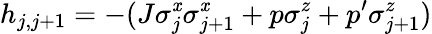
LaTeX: h_{j,j+1}=-(J\sigma_{j}^{\mathit{x}}\sigma_{j+1}^{\mathit{x}}+p\sigma_{j}^{z}+p^{\prime}\sigma_{j+1}^{z})